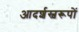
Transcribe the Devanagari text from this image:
आदर्शस्वरूपों